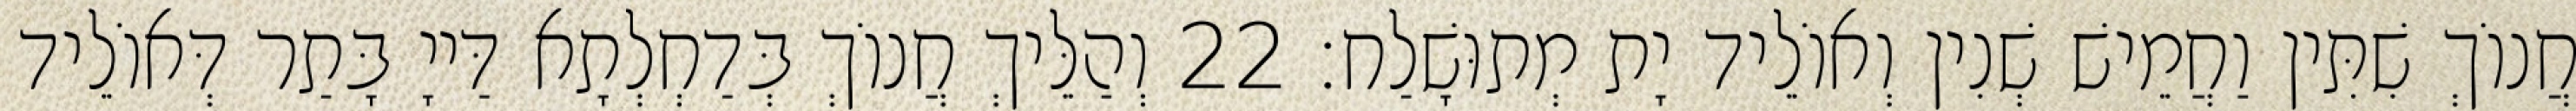
חֲנוֹךְ שִׁתִּין וַחֲמֵישׁ שְׁנִין וְאוֹלֵיד יָת מְתוּשָׁלַח׃ 22 וְהַלֵּיךְ חֲנוֹךְ בְּדַחְלְתָא דַּייָ בָּתַר דְּאוֹלֵיד